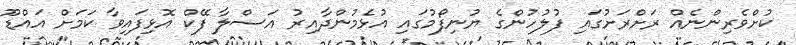
ކުށްވެރިންނެއް ރަށްރަށުގައި ފުލުހުންގެ ޔުނިފޯމުގައި އުޅެމުންދާއިރު އަސްލާ ފޭކް އޮޅިފައިވާ ކަމަށް އައްޑޫ